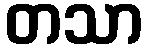
တသာ